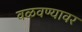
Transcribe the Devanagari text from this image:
वळवण्यावर